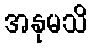
အနုမသိ